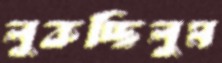
লুকচ্ছিলুম